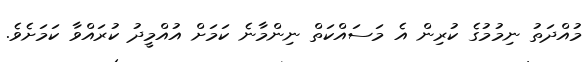
މުއްދަތު ނިމުމުގެ ކުރިން އެ މަސައްކަތް ނިންމާނެ ކަމަށް އުއްމީދު ކުރައްވާ ކަމަށެވެ.